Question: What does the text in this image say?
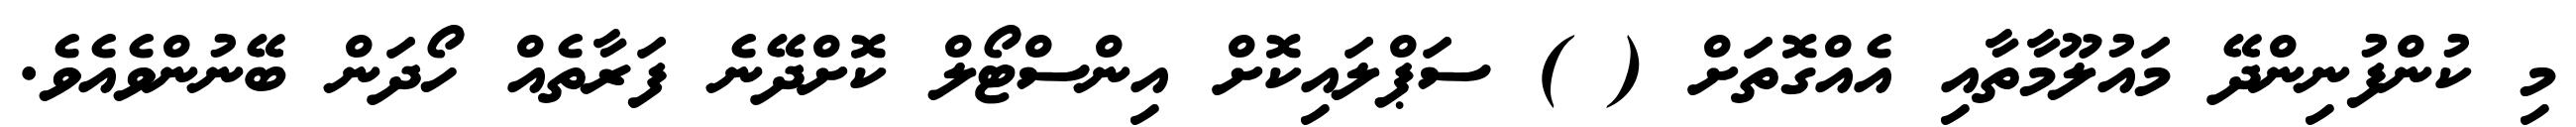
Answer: މި ކުންފުނިންދޭ މައުލޫމާތާއި އެއްގޮތަށް ( ) ސަޕްލައިކޮށް އިންސްޓޯލް ކޮށްދޭނެ ފަރާތެއް ހޯދަން ބޭނުންވެއެވެ.